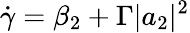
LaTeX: \dot{\gamma}=\beta_{2}+\Gamma|a_{2}|^{2}